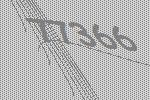
77366